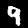
Digit: 9